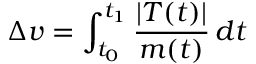
\Delta { v } = \int _ { t _ { 0 } } ^ { t _ { 1 } } { \frac { | T ( t ) | } { m ( t ) } } \, d t